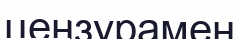
цензурамен